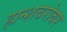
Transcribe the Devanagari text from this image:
हान्शबरोबर